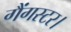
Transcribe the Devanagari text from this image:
गैंगस्टर।